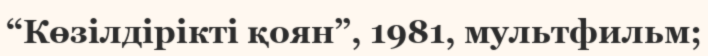
“Көзілдірікті қоян”, 1981, мультфильм;